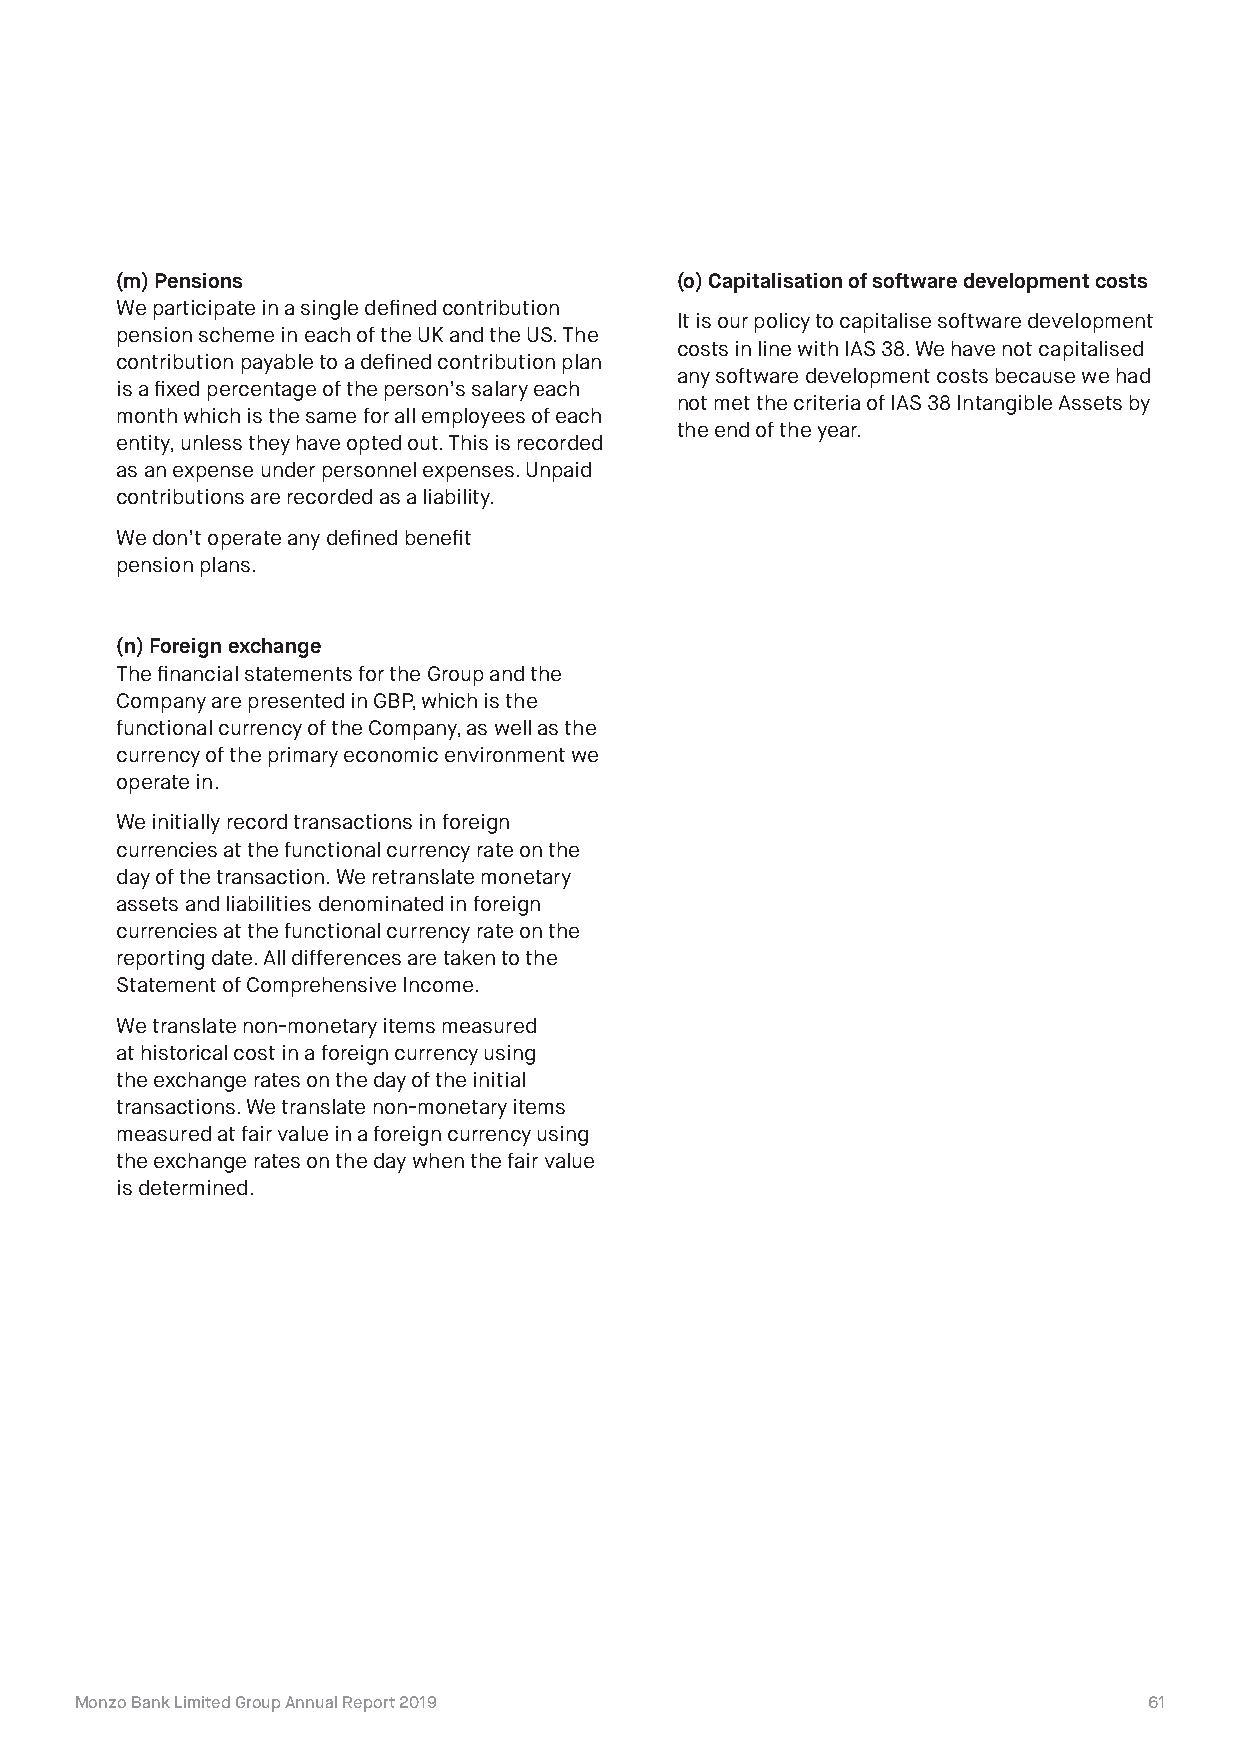
(m) Pensions                         (o) Capitalisation of software development costs
 We participate in a single defined contribution
 It is our policy to capitalise software development
 pension scheme in each of the UK and the US. The
 costs in line with IAS 38. We have not capitalised
 contribution payable to a defined contribution plan
 any software development costs because we had
 is a fixed percentage of the person’s salary each
 not met the criteria of IAS 38 Intangible Assets by
 month which is the same for all employees of each
 the end of the year.
 entity, unless they have opted out. This is recorded
 as an expense under personnel expenses. Unpaid
 contributions are recorded as a liability.
 We don’t operate any defined benefit
 pension plans.
 (n) Foreign exchange
 The financial statements for the Group and the
 Company are presented in GBP, which is the
 functional currency of the Company, as well as the
 currency of the primary economic environment we
 operate in.
 We initially record transactions in foreign
 currencies at the functional currency rate on the
 day of the transaction. We retranslate monetary
 assets and liabilities denominated in foreign
 currencies at the functional currency rate on the
 reporting date. All differences are taken to the
 Statement of Comprehensive Income.
 We translate non-monetary items measured
 at historical cost in a foreign currency using
 the exchange rates on the day of the initial
 transactions. We translate non-monetary items
 measured at fair value in a foreign currency using
 the exchange rates on the day when the fair value
 is determined.
 Monzo Bank Limited Group Annual Report 2019                            61